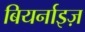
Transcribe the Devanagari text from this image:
बियर्नाइज़